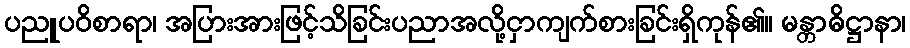
ပညူပဝိစာရာ၊ အပြားအားဖြင့်သိခြင်းပညာအလို့ငှာကျက်စားခြင်းရှိကုန်၏။ မန္တာဓိဋ္ဌာနာ၊